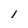
Character: I